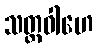
သတ္ထဝါဟေ